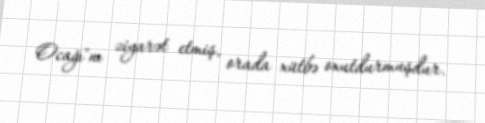
Ocağı"nı ziyarət etmiş, orada xütbə oxutdurmuşdur.